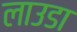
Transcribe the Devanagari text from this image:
लाउडा